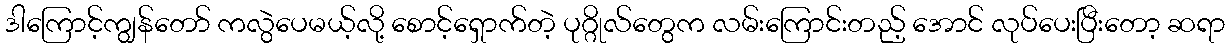
ဒါကြောင့်ကျွန်တော် ကလွဲပေမယ့်လို့ စောင့်ရှောက်တဲ့ ပုဂ္ဂိုလ်တွေက လမ်းကြောင်းတည့် အောင် လုပ်ပေးပြီးတော့ ဆရာ